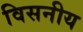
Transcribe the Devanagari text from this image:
विसनीय